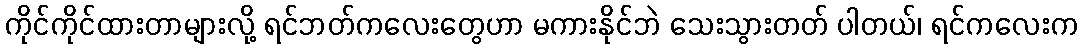
ကိုင်ကိုင်ထားတာများလို့ ရင်ဘတ်ကလေးတွေဟာ မကားနိုင်ဘဲ သေးသွားတတ် ပါတယ်၊ ရင်ကလေးက